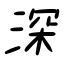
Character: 深